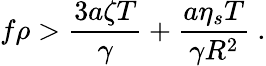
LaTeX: f\rho>\frac{3a\zeta T}{\gamma}+\frac{a\eta_{s}T}{\gamma R^{2}}\ .